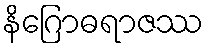
နိဂြောဓရာဇဿ